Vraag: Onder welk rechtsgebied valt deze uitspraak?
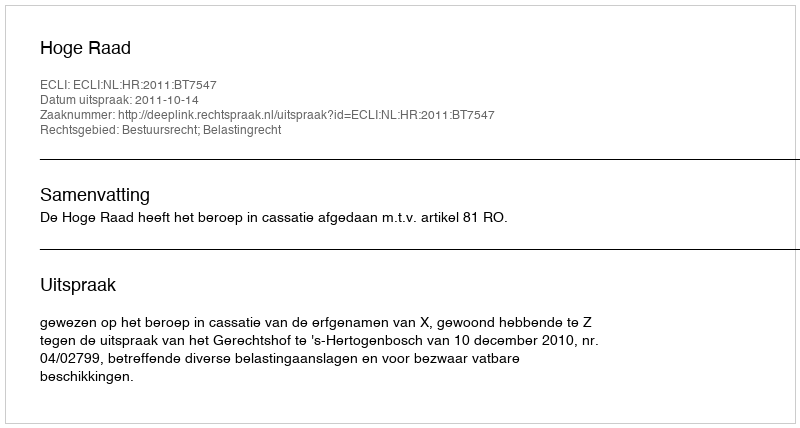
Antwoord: Bestuursrecht; Belastingrecht